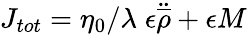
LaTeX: J_{tot}=\eta_{0}/\lambda\; \epsilon\ddot{\overline{{{\rho}}}}+\epsilon M